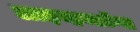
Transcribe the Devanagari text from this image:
लाइव्हब्लॉग्स